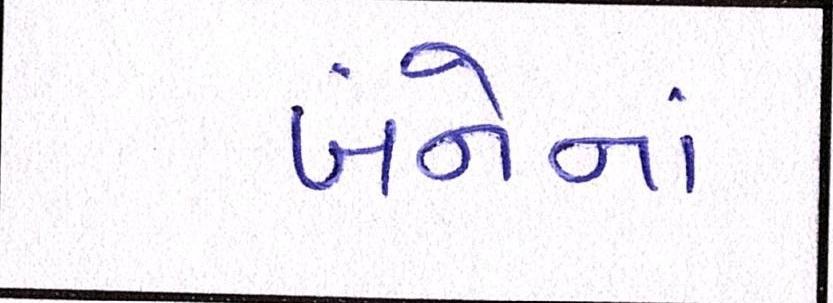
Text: બંનેનાં